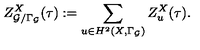
Z _ { { \cal G } / \Gamma _ { \cal G } } ^ { X } ( \tau ) : = \sum _ { u \in H ^ { 2 } ( X , \Gamma _ { \cal G } ) } Z _ { u } ^ { X } ( \tau ) .